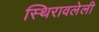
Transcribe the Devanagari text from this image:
स्थिरावलेली